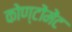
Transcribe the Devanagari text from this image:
कोण्टोंमेंट